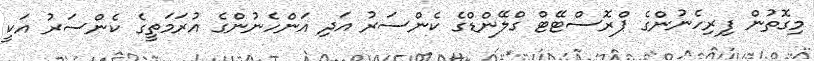
މިގޮތުން ފިރިހެނުންގެ ޕްރޮސްޓޭޓް ގްލޭންޑްގެ ކެންސަރު އަދި އަންހެނުންގެ އުރަމަތީގެ ކެންސަރު އަކީ